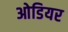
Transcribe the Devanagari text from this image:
ओडियर